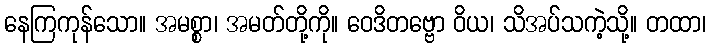
နေကြကုန်သော။ အမစ္စာ၊ အမတ်တို့ကို။ ဝေဒိတဗ္ဗော ဝိယ၊ သိအပ်သကဲ့သို့။ တထာ၊